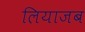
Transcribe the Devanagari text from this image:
लियाजब